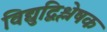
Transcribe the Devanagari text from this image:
विद्युद्विश्लेषक